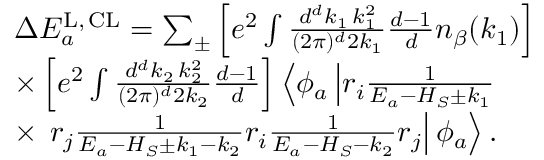
\begin{array} { r l } & { \Delta E _ { a } ^ { \mathrm { L , \, C L } } = \sum _ { \pm } \left[ e ^ { 2 } \int \frac { d ^ { d } k _ { 1 } \, k _ { 1 } ^ { 2 } } { ( 2 \pi ) ^ { d } 2 k _ { 1 } } \frac { d - 1 } { d } n _ { \beta } ( k _ { 1 } ) \right] } \\ & { \times \left[ e ^ { 2 } \int \frac { d ^ { d } k _ { 2 } \, k _ { 2 } ^ { 2 } } { ( 2 \pi ) ^ { d } 2 k _ { 2 } } \frac { d - 1 } { d } \right] \left\langle \phi _ { a } \left| r _ { i } \frac { 1 } { E _ { a } - H _ { S } \pm k _ { 1 } } \right. \right. } \\ & { \times \left. \left. r _ { j } \frac { 1 } { E _ { a } - H _ { S } \pm k _ { 1 } - k _ { 2 } } r _ { i } \frac { 1 } { E _ { a } - H _ { S } - k _ { 2 } } r _ { j } \right| \phi _ { a } \right\rangle . } \end{array}